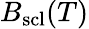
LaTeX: B_{\mathrm{scl}}(T)